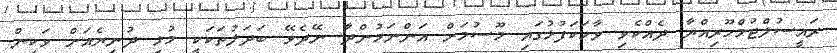
ރައީސުލްޖުމްހޫރިއްޔާ ދެއްކެވި ވާހަކަފުޅުގައި މޫސުމަށް އަންނަމުންދާ ނޭދެވޭ ބަދަލުތަކަކީ މުޅި ދުނިޔެއަށް ވަކިން